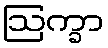
ဩက္ခာ